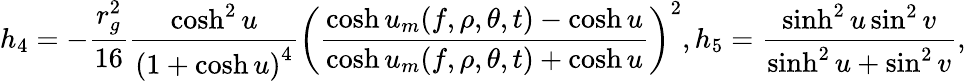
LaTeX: h_{4}=-\frac{r_{g}^{2}}{16}\frac{\cosh^{2}u}{\left(1+\cosh u\right)^{4}}\left(\frac{\cosh u_{m}(f,\rho,\theta,t)-\cosh u}{\cosh u_{m}(f,\rho,\theta,t)+\cosh u}\right)^{2},h_{5}=\frac{\sinh^{2}u\sin^{2}v}{\sinh^{2}u+\sin^{2}v},